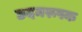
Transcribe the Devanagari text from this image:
छदमरूपक